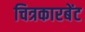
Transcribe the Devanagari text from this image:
चित्रकारबेंट